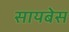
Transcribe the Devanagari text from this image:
सायबेस